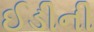
ઈડીની